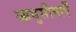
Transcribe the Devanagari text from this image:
आयुसीमाएँ